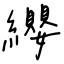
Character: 纓